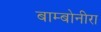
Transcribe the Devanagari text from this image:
बाम्बोनीरा